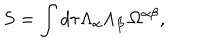
S = \int d \tau \Lambda _ { \alpha } \Lambda _ { \beta } \, \Omega ^ { \alpha \beta } ,